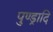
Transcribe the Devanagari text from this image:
पुण्ड्रादि